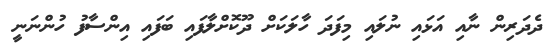
ދެދަރިން ނާއި އަޅައި ނުލައި މިފަދަ ހާލަކަށް ދޫކޮށްލާފައި ބަފައި އިންސާފު ހުންނަނީ